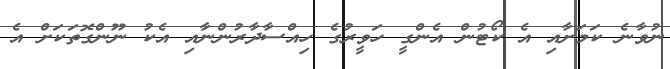
ނުވާނެ ކަމަށާއި އެ ކޯޓުން އެންގީ ހަވީރުގެ ހިއްސާދާރުންނާއި އެކު ނޫންގޮތަކަށް އެ